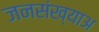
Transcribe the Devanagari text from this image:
जनसंख्याअ